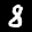
Label: 8